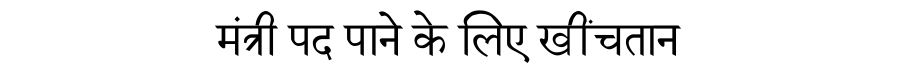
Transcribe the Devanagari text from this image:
मंत्री पद पाने के लिए खींचतान